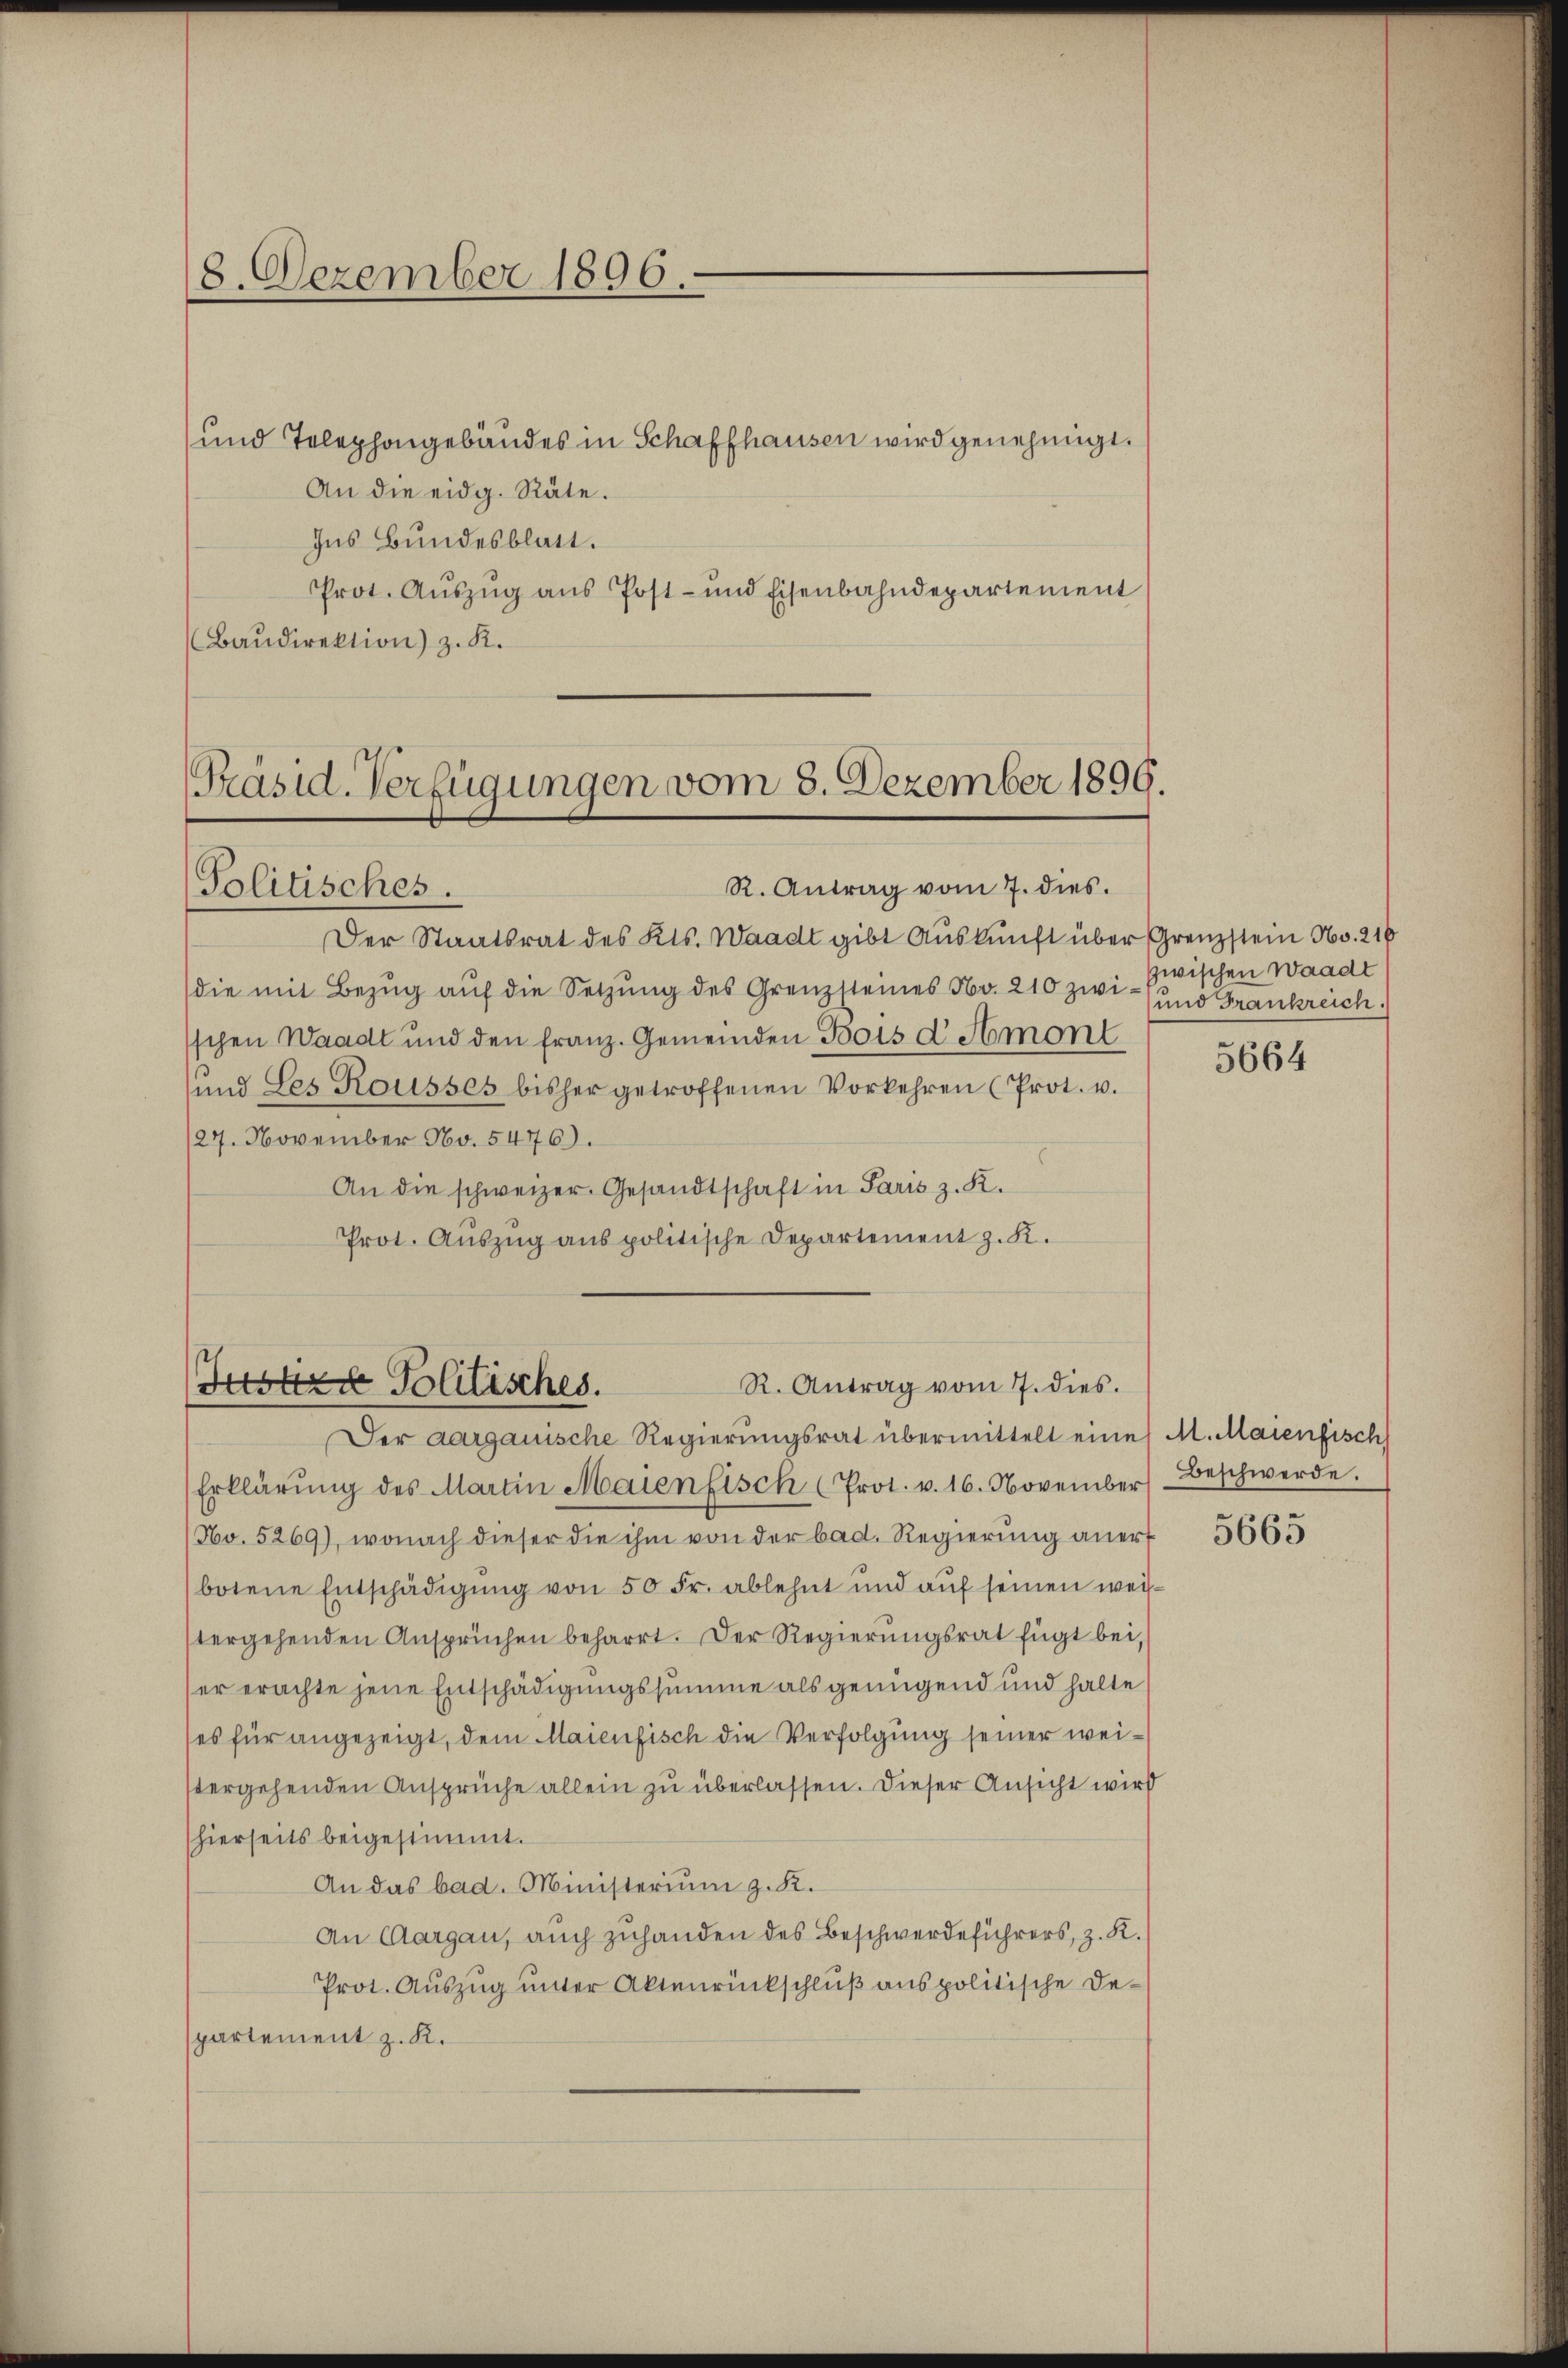
18. Dezember 1896.

und Telephongebäudes in Schaffhausen wird genehmigt.
An die eidg. Räte.
Ins Bundesblatt.
Prot. Aŭszŭg ans Post- und Eisenbahndepartement
Baŭdirektion) z. K.

Der Staatsrat des Kts. Waadt gibt Auskunft über Grenzstein No. 216
die mit Bezŭg aŭf die Setzŭng des Grenzsteines Nr. 210 zwi- und Frankreich.
schen Waadt und den franz. Gemeinden Bois d Amont
und des Rousses bisher getroffenen Vorkehren (Prot. v.
/27. November No. 5476).
An die schweizer. Gesandtschaft in Paris z. K.
Prot. Auszug aus politische Departement z. K.

Präsid. Verfügungen vom 8. Dezember 1899.
R. Antrag vom 7. dies
Politisches.

R. Antrag vom 7. dies.
Justire Politisches.

Der aargauische Regierungsrat übermittelt eines M. Maienfisch
Erklärŭng des Martin Maienfisch (Prot. v. 16. November Beschwerde.
No. 5269), wonach dieser die ihm von der bad. Regierung anert
botene Entschädigung von 50 Fr. ablehnt und auf seinen weistergehenden Ansprüchen beharrt. Der Regierŭngsrat fügt bei,
er erachte jene Entschädigungssumme als genügend und halte
es für angezeigt, dem Maienfisch die Verfolgung seiner weistergehenden Ansprüche allein zu überlassen. Dieser Ansicht wird
hierseits beigestimmt.
An das bad. Ministerium z. K.
An Aargau, auch zuhanden des Beschwerdeführers, z. R.
Prot. Auszug unter Aktenrückschluß aus politische De-
spartement z. K.

zwischen Waadt

5664

5665